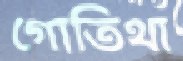
গোতিথা